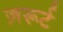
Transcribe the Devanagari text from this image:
ज़रूर्ट